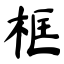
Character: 框